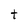
Character: t